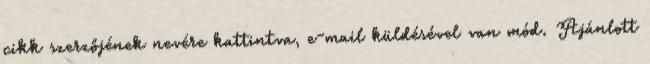
cikk szerzőjének nevére kattintva, e-mail küldésével van mód. Ajánlott